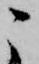
こ